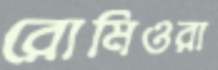
রোমিওরা